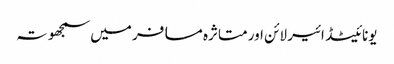
یونائیٹڈ ائیر لائن اور متاثرہ مسافر میں سمجھوتہ